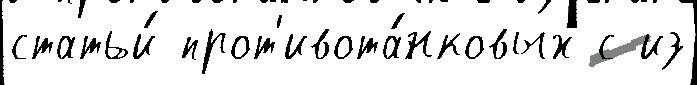
статьи́ прот'ивота́нковых с из